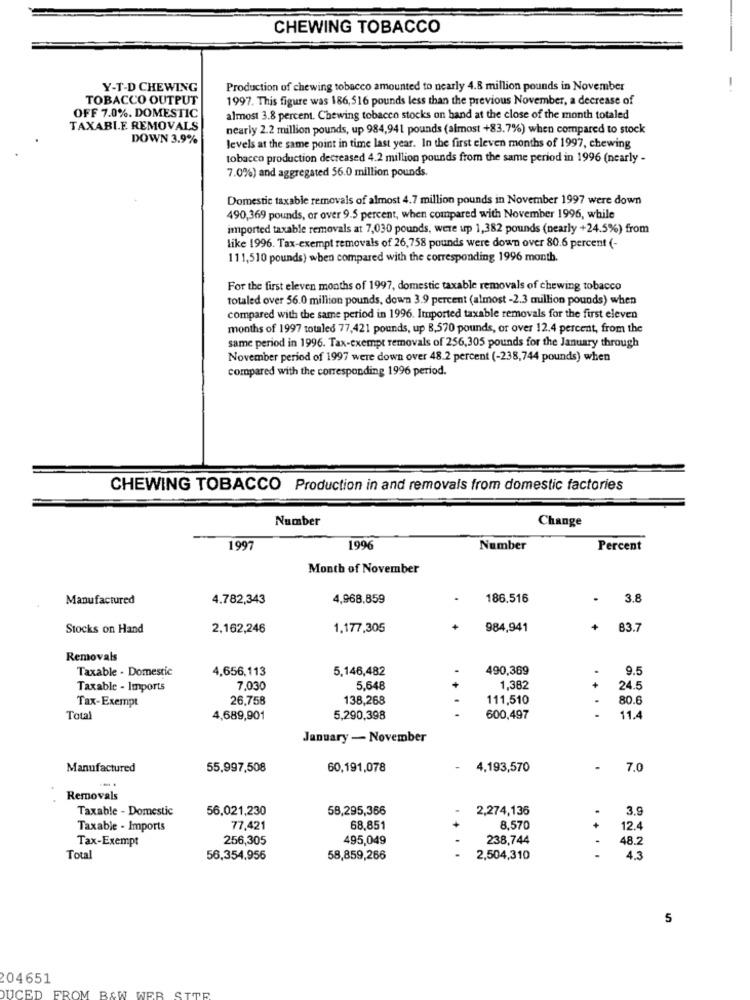
CHEWING TOBACCO
Y-T-D CHEWING
Production of chewing tobacco amounted to nearly 4.8 million pounds in November
TOBACCO OUTPUT
1997. This figure was 186,516 pounds less than the previous November, a decrease of
OFF 7.0%. DOMESTIC
almost 3.8 percent. Chewing tobacco stocks on hand at the close of the month totaled
TAXABLE REMOVALS
nearly 2.2 million pounds, up 984,941 pounds (almost +83.7%) when compared to stock
DOWN 3.9%
levels at the same point in time last year. In the first eleven months of 1997, chewing
tobacco production decreased 4.2 million pounds from the same period in 1996 (nearly -
7.0%) and aggregated 56.0 million pounds.
Domestic taxable removals of almost 4.7 million pounds in November 1997 were down
490,369 pounds, or over 9.5 percent, when compared with November 1996, while
imported taxable removals at 7,030 pounds, were up 1,382 pounds (nearly +24.5%) from
like 1996. Tax-exempt removals of 26,758 pounds were down over 80.6 percent (-
111,510 pounds) when compared with the corresponding 1996 month.
For the first eleven months of 1997, domestic taxable removals of chewing tobacco
totaled over 56.0 million pounds, down 3.9 percent (almost -2.3 mullion pounds) when
compared with the same period in 1996. Imported taxable removals for the first eleven
months of 1997 totaled 77,421 pounds, up 8,570 pounds, or over 12.4 percent, from the
same period in 1996. Tax-exempt removals of 256,305 pounds for the January through
November period of 1997 were down over 48.2 percent (-238,744 pounds) when
compared with the corresponding 1996 period.
CHEWING TOBACCO Production in and removals from domestic factories
Number
Change
1997
1996
Number
Percent
Month of November
Manufactured
4.782,343
4,968,859
186.516
3.8
Stocks on Hand
2,162,246
1.177,305
984,941
+
83.7
Removals
Taxable - Domestic
4,656,113
5,146,482
490,369
9.5
Taxable - Imports
7,030
5,648
1,382
.+
24.5
Tax-Exempt
26,758
138,268
111,510
.
80.6
Total
4,689,901
5,290,398
600,497
-
11.4
January - November
Manufactured
55,997,508
60,191,078
4,193,570
7.0
Removals
Taxable - Domestic
56,021,230
58,295,366
2,274,136
.
3.9
Taxable - Imports
77,421
68,851
8,570
+
12.4
Tax-Exempt
256,305
495,049
238,744
48.7
Total
56,354,956
58,859,266
2,504,310
4.3
5
204651
DUCED 1
FROM B&W WER SITR